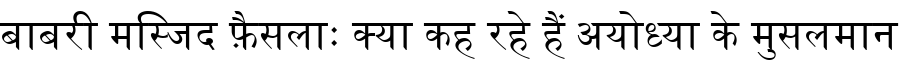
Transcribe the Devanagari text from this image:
बाबरी मस्जिद फ़ैसलाः क्या कह रहे हैं अयोध्या के मुसलमान